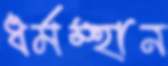
ধর্মস্হান